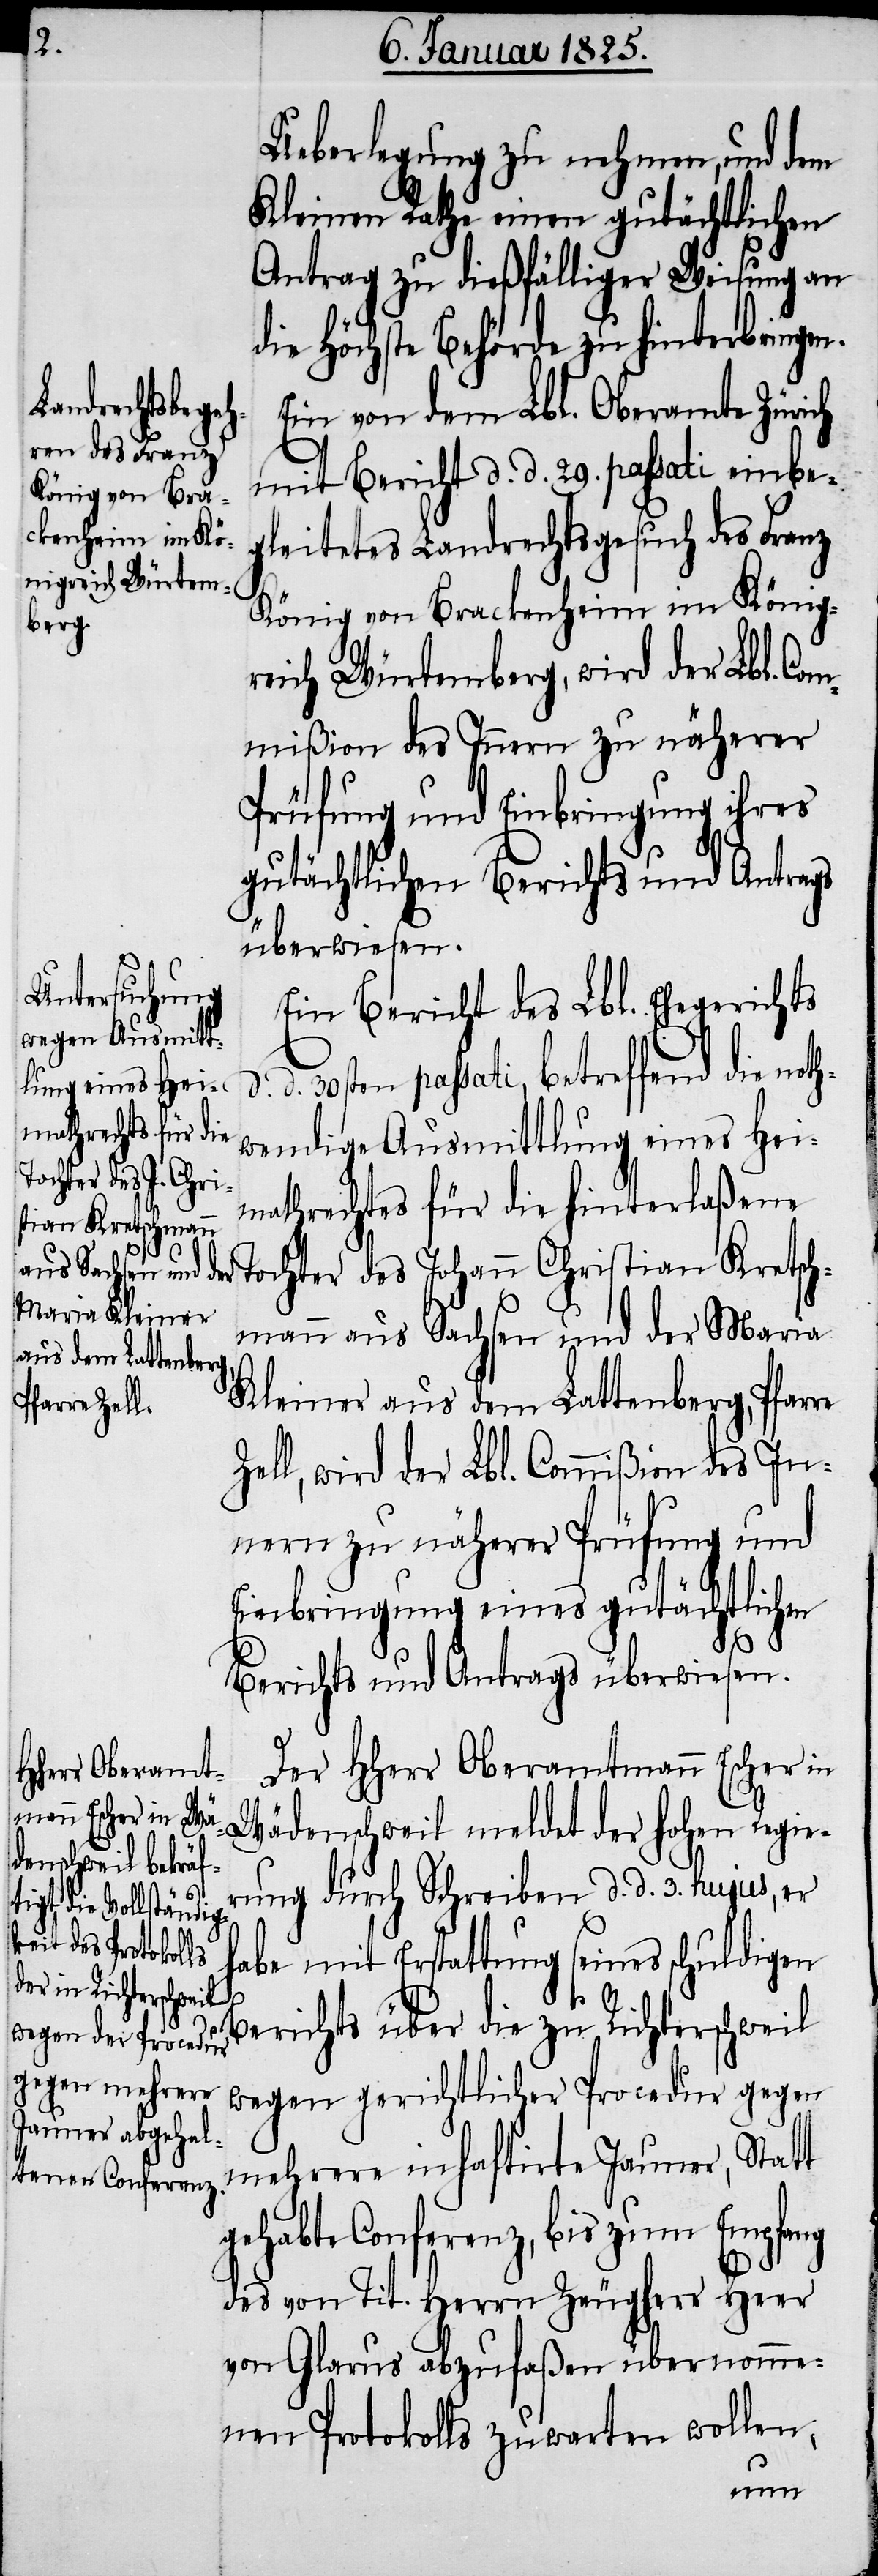
Ueberlegung zu nehmen, und dem
Kleinen Rathe einen gutächtlichen
Antrag zu dießfälliger Weisung an
die Höchste Behörde zu hinterbringen.
Ein von dem Lbl. Oberamte Zürich
mit Bericht d. d. 29. passati einbe¬
gleitetes Landrechtsgesuch des Franz
König von Brackenheim im König¬
reich Würtemberg, wird der Lbl. Com¬
mißion des Innern zu näherer
Prüfung und Einbringung ihres
gutächtlichen Berichts und Antrags
überwiesen.
Ein Bericht des Lbl. Ehegerichts
d. 30sten passati, betreffend die noth¬
wendige Ausmittlung eines Hei¬
mathrechtes für die hinterlaßene
Tochter des Johann Christian Kretsch¬
mann aus Sachsen und der Maria
Kleiner aus dem Lattenberg, Pfarre
Zell, wird der Lbl. Commißion des In¬
nern zu näherer Prüfung und
Einbringung eines gutächtlichen
d.
Berichts und Antrags überwiesen.
Der HHerr Oberamtmann Escher in
Wädenschweil meldet der hohen Regie¬
rung durch Schreiben d. d. 3. hujus, er
habe mit Erstattung seines schuldigen
Berichts über die zu Richterschweil
wegen gerichtlicher Procedur gegen
mehrere inhaftirte Jauner, Statt
gehabte Conferenz, bis zum Empfang
des von Tit. Herrn Zeugherr Heer
von Glarus abzufaßen [sic!] übernomme¬
nen Protokolls zuwarten wollen,